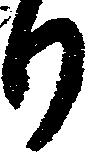
り